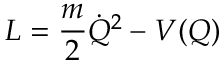
L = { \frac { m } { 2 } } \dot { Q } ^ { 2 } - V ( Q )